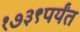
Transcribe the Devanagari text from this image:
१७३९पर्यंत